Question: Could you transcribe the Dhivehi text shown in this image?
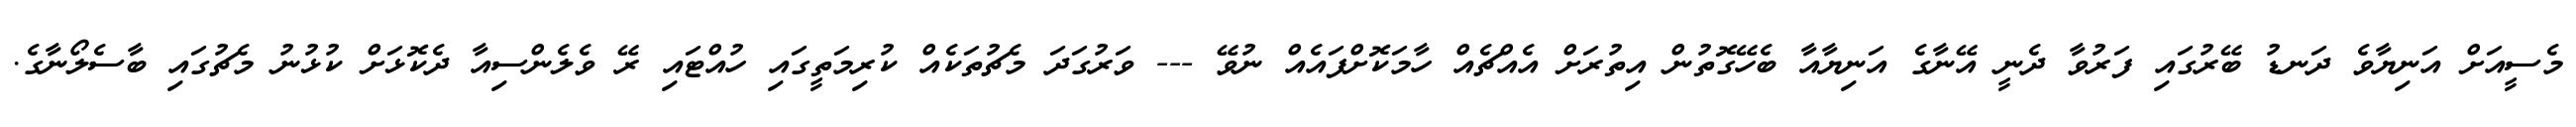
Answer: މެސީއަށް އަނިޔާވެ ދަނޑު ބޭރުގައި ފަރުވާ ދެނީ އޭނާގެ އަނިޔާއާ ބެހޭގޮތުން އިތުރަށް އެއްޗެއް ހާމަކޮށްފައެއް ނުވޭ --- ވަރުގަދަ މެޗުތަކެއް ކުރިމަތީގައި ހުއްޓައި ރޭ ވެލެންސިއާ ދެކޮޅަށް ކުޅުނު މެޗުގައި ބާސެލޯނާގެ.